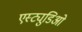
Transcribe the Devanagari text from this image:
एस्ट्युडिओ